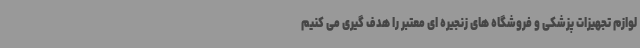
لوازم تجهیزات پزشکی و فروشگاه های زنجیره ای معتبر را هدف گیری می کنیم‌